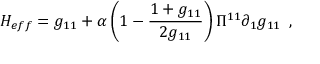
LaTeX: H _ { e f f } = g _ { 1 1 } + \alpha \left( 1 - \frac { 1 + g _ { 1 1 } } { 2 g _ { 1 1 } } \right) \Pi ^ { 1 1 } \partial _ { 1 } g _ { 1 1 } \, \, \, ,